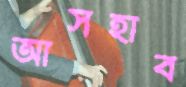
আসহাব